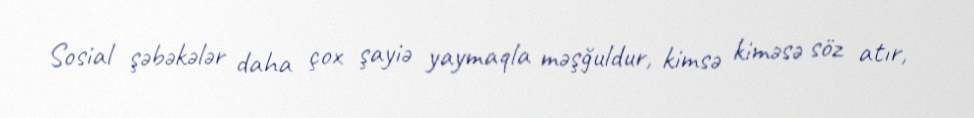
Sosial şəbəkələr daha çox şayiə yaymaqla məşğuldur, kimsə kiməsə söz atır,